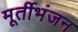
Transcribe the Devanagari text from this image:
मूर्तीभंजन